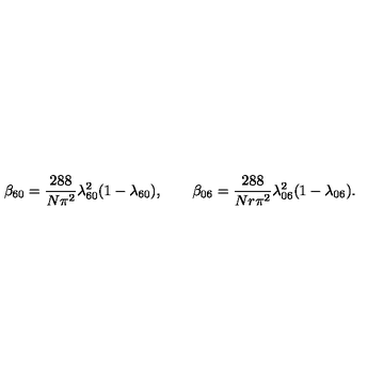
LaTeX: \beta _ { 6 0 } = { \frac { 2 8 8 } { N \pi ^ { 2 } } } \lambda _ { 6 0 } ^ { 2 } ( 1 - \lambda _ { 6 0 } ) , \qquad \beta _ { 0 6 } = { \frac { 2 8 8 } { N r \pi ^ { 2 } } } \lambda _ { 0 6 } ^ { 2 } ( 1 - \lambda _ { 0 6 } ) .